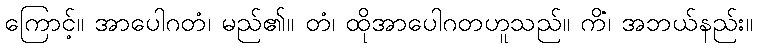
ကြောင့်။ အာပေါဂတံ၊ မည်၏။ တံ၊ ထိုအာပေါဂတဟူသည်။ ကိံ၊ အဘယ်နည်း။